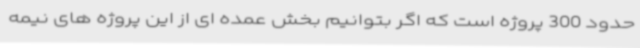
حدود 300 پروژه است که اگر بتوانیم بخش عمده ای از این پروژه های نیمه